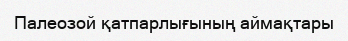
Палеозой қатпарлығының аймақтары